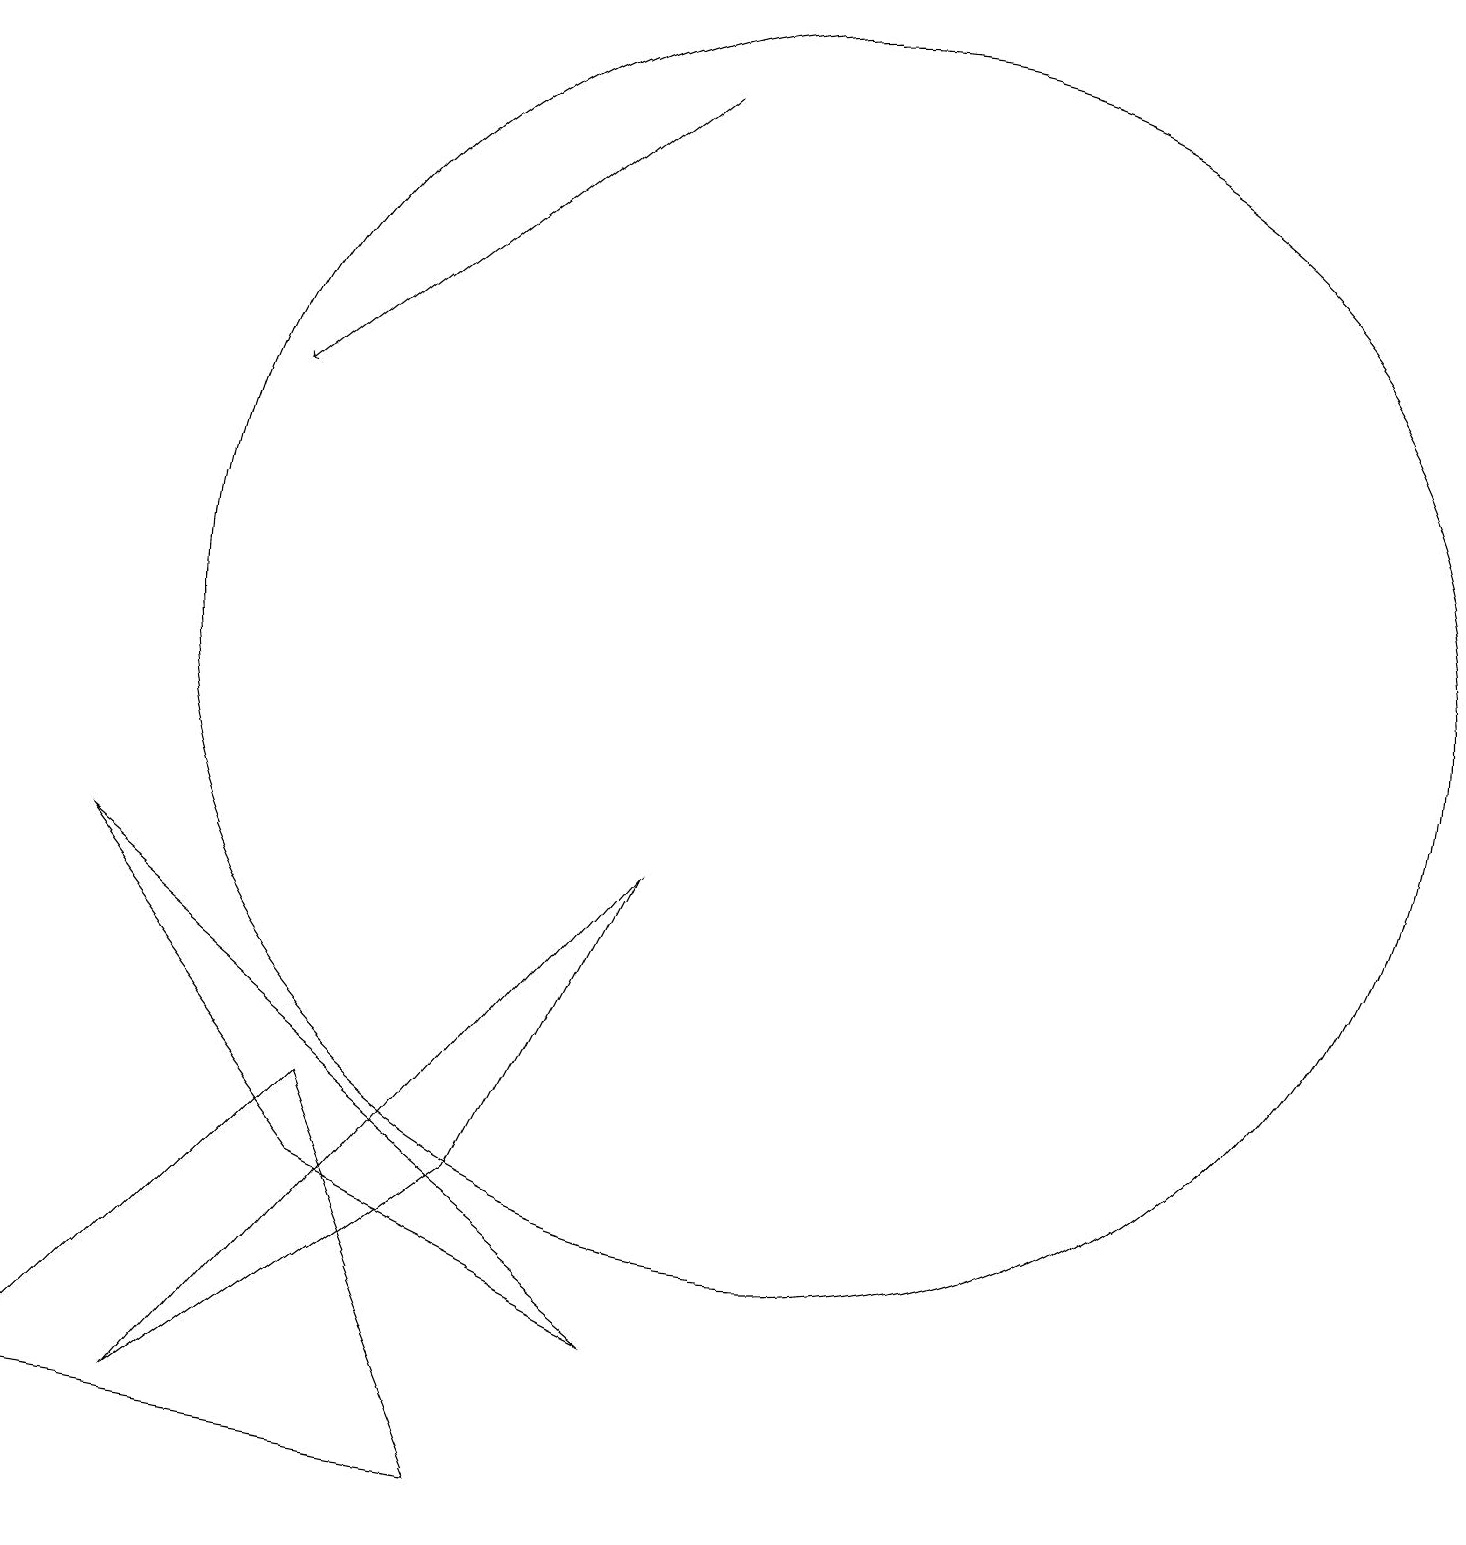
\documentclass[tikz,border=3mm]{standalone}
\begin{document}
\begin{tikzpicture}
\draw (3,1) -- (9,8) -- (7,4) -- cycle;
\draw (5,4) -- (9,2) -- (2,8) -- cycle;
\draw[->] (9,18) -- (4,14);
\draw (11,11) circle (8);
\draw (11,11) circle (0);
\draw (1,1) -- (5,5) -- (7,0) -- cycle;
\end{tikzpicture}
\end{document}